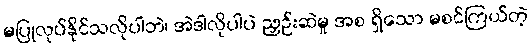
မပြုလုပ်နိုင်သလိုပါဘဲ၊ အဲဒါလိုပါပဲ ညှဉ်းဆဲမှု အစ ရှိသော မစင်ကြယ်တဲ့